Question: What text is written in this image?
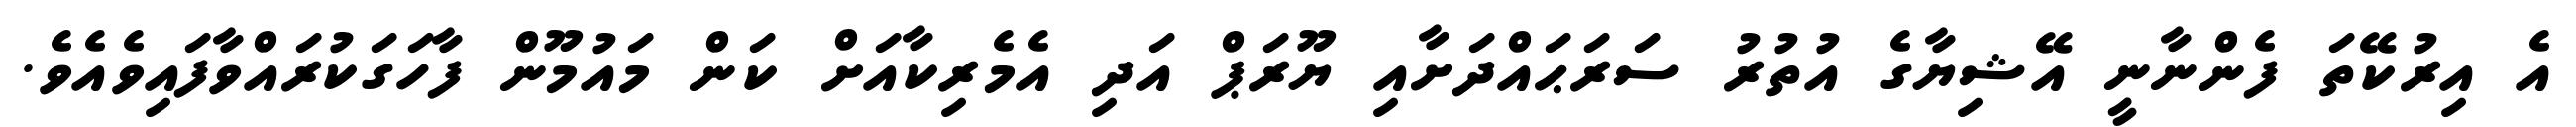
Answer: އެ އިރުކޭތަ ފެންނާނީ އޭޝިޔާގެ އުތުރު ސަރަޙައްދަށާއި ޔޫރަޕް އަދި އެމެރިކާއަށް ކަން މައުމޫން ފާހަގަކުރައްވާފައިވެއެވެ.